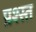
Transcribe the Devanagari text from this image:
प्रश्स्त